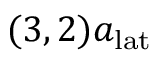
( 3 , 2 ) a _ { \mathrm { l a t } }